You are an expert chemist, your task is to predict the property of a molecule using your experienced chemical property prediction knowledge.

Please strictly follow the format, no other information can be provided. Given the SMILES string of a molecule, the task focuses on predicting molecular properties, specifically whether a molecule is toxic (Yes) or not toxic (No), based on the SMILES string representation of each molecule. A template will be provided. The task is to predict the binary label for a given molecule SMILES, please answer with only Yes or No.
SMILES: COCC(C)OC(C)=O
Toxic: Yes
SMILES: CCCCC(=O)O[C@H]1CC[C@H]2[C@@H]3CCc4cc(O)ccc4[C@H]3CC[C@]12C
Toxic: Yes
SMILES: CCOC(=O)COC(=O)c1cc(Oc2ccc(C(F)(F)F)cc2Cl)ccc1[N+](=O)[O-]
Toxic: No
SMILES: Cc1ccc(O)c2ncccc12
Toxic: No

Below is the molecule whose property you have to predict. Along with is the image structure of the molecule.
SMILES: N#CCC(=O)O
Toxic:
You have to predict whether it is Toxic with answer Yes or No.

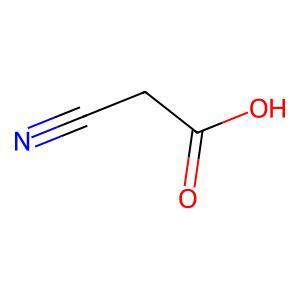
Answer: No